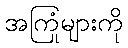
အကြုံများကို